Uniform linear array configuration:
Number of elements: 64
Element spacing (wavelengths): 1
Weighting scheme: exponential
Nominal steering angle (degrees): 45
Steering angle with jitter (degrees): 46.773
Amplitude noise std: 0.05
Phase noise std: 0.05

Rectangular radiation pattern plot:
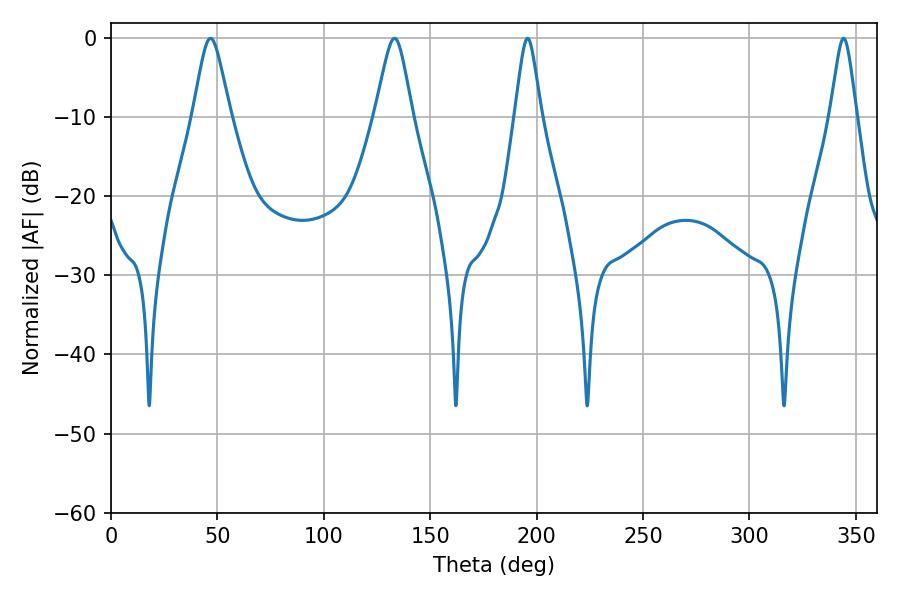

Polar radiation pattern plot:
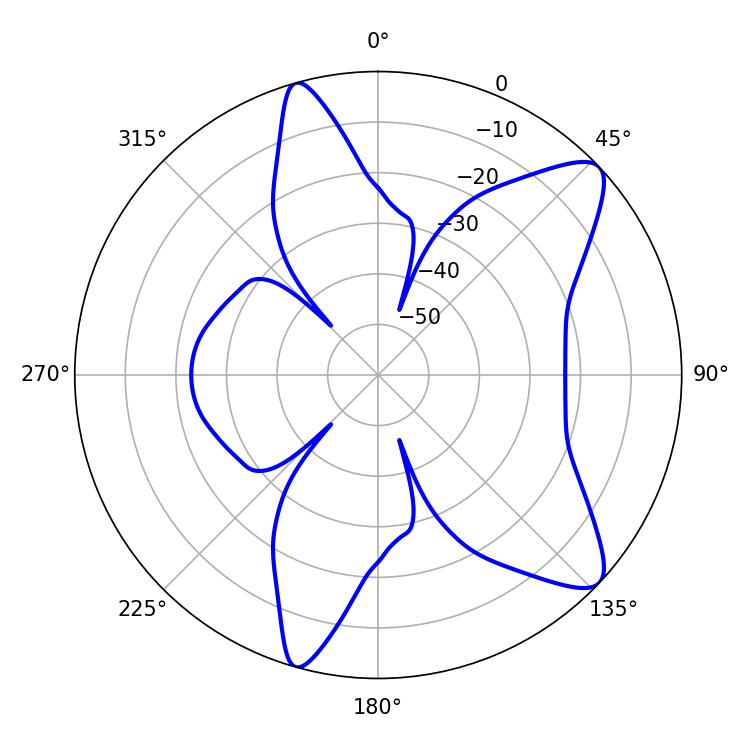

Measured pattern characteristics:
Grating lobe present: TRUE
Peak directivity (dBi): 10.126
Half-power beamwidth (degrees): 8.46
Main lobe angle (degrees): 46.8